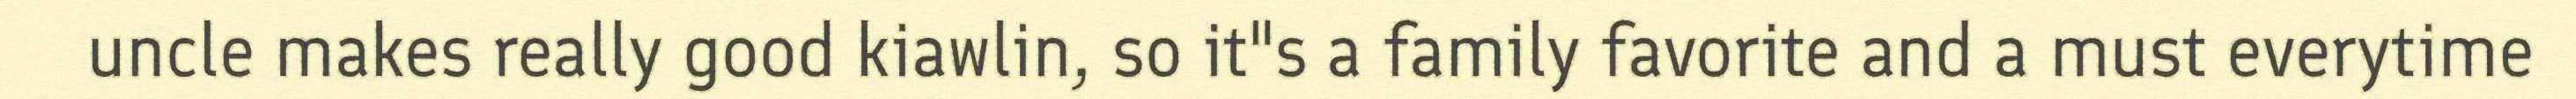
uncle makes really good kiawlin, so it"s a family favorite and a must everytime